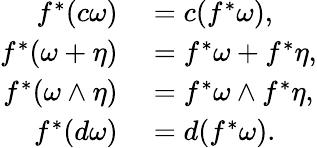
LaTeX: \begin{array}{rl}{f^{*}(c\omega)}&{{}=c(f^{*}\omega),}\\ {f^{*}(\omega+\eta)}&{{}=f^{*}\omega+f^{*}\eta,}\\ {f^{*}(\omega\wedge\eta)}&{{}=f^{*}\omega\wedge f^{*}\eta,}\\ {f^{*}(d\omega)}&{{}=d(f^{*}\omega).}\end{array}